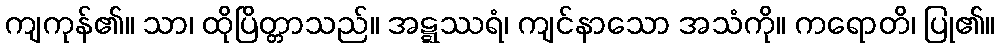
ကျကုန်၏။ သာ၊ ထိုပြိတ္တာသည်။ အဋ္ဋဿရံ၊ ကျင်နာသော အသံကို။ ကရောတိ၊ ပြု၏။